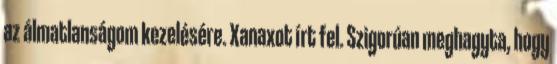
az álmatlanságom kezelésére. Xanaxot írt fel. Szigorúan meghagyta, hogy